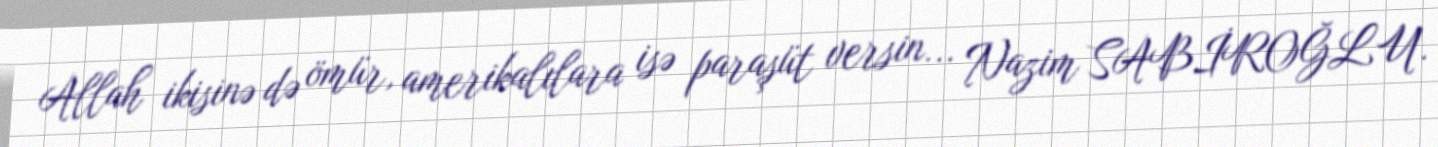
Allah ikisinə də ömür, amerikalılara isə paraşüt versin... Nazim SABİROĞLU.